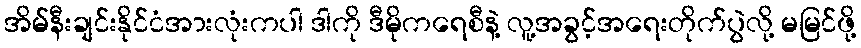
အိမ်နီးချင်းနိုင်ငံအားလုံးကပါ ဒါကို ဒီမိုကရေစီနဲ့ လူ့အခွင့်အရေးတိုက်ပွဲလို့ မမြင်ဖို့